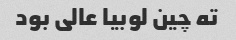
ته چین لوبیا عالی بود